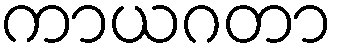
ကာယဂတာ